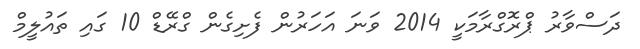
ދަސްވާރު ޕްރޮގްރާމަކީ 2014 ވަނަ އަހަރުން ފެށިގެން ގްރޭޑް 10 ގައި ތައުލީމް